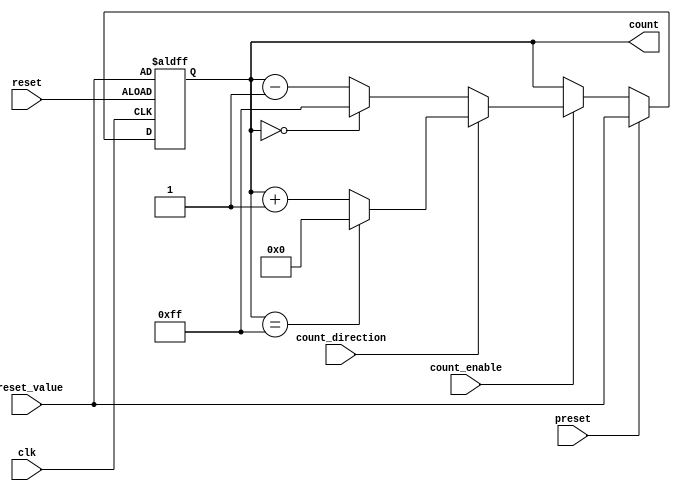
module presettable_counter (
    input wire clk,               // Clock signal
    input wire reset,             // Asynchronous reset signal
    input wire preset,            // Preset signal
    input wire [N-1:0] preset_value, // Value to preset the counter
    input wire count_enable,      // Count enable signal
    input wire count_direction,    // Count direction: 1 for up, 0 for down
    output reg [N-1:0] count      // Current count value
);
    parameter N = 8; // Bit-width of the counter

    // Asynchronous reset and preset logic
    always @(posedge clk or posedge reset) begin
        if (reset) begin
            count <= preset_value; // Reset to preset value
        end else if (preset) begin
            count <= preset_value; // Load new preset value
        end else if (count_enable) begin
            if (count_direction) begin
                // Up counting
                if (count == {N{1'b1}}) begin
                    count <= 0; // Wrap around to 0 on overflow
                end else begin
                    count <= count + 1; // Increment count
                end
            end else begin
                // Down counting
                if (count == 0) begin
                    count <= {N{1'b1}}; // Wrap around to max value on underflow
                end else begin
                    count <= count - 1; // Decrement count
                end
            end
        end
    end
endmodule